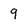
Character: 9